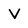
Character: V